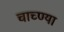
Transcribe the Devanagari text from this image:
चाच्ण्या